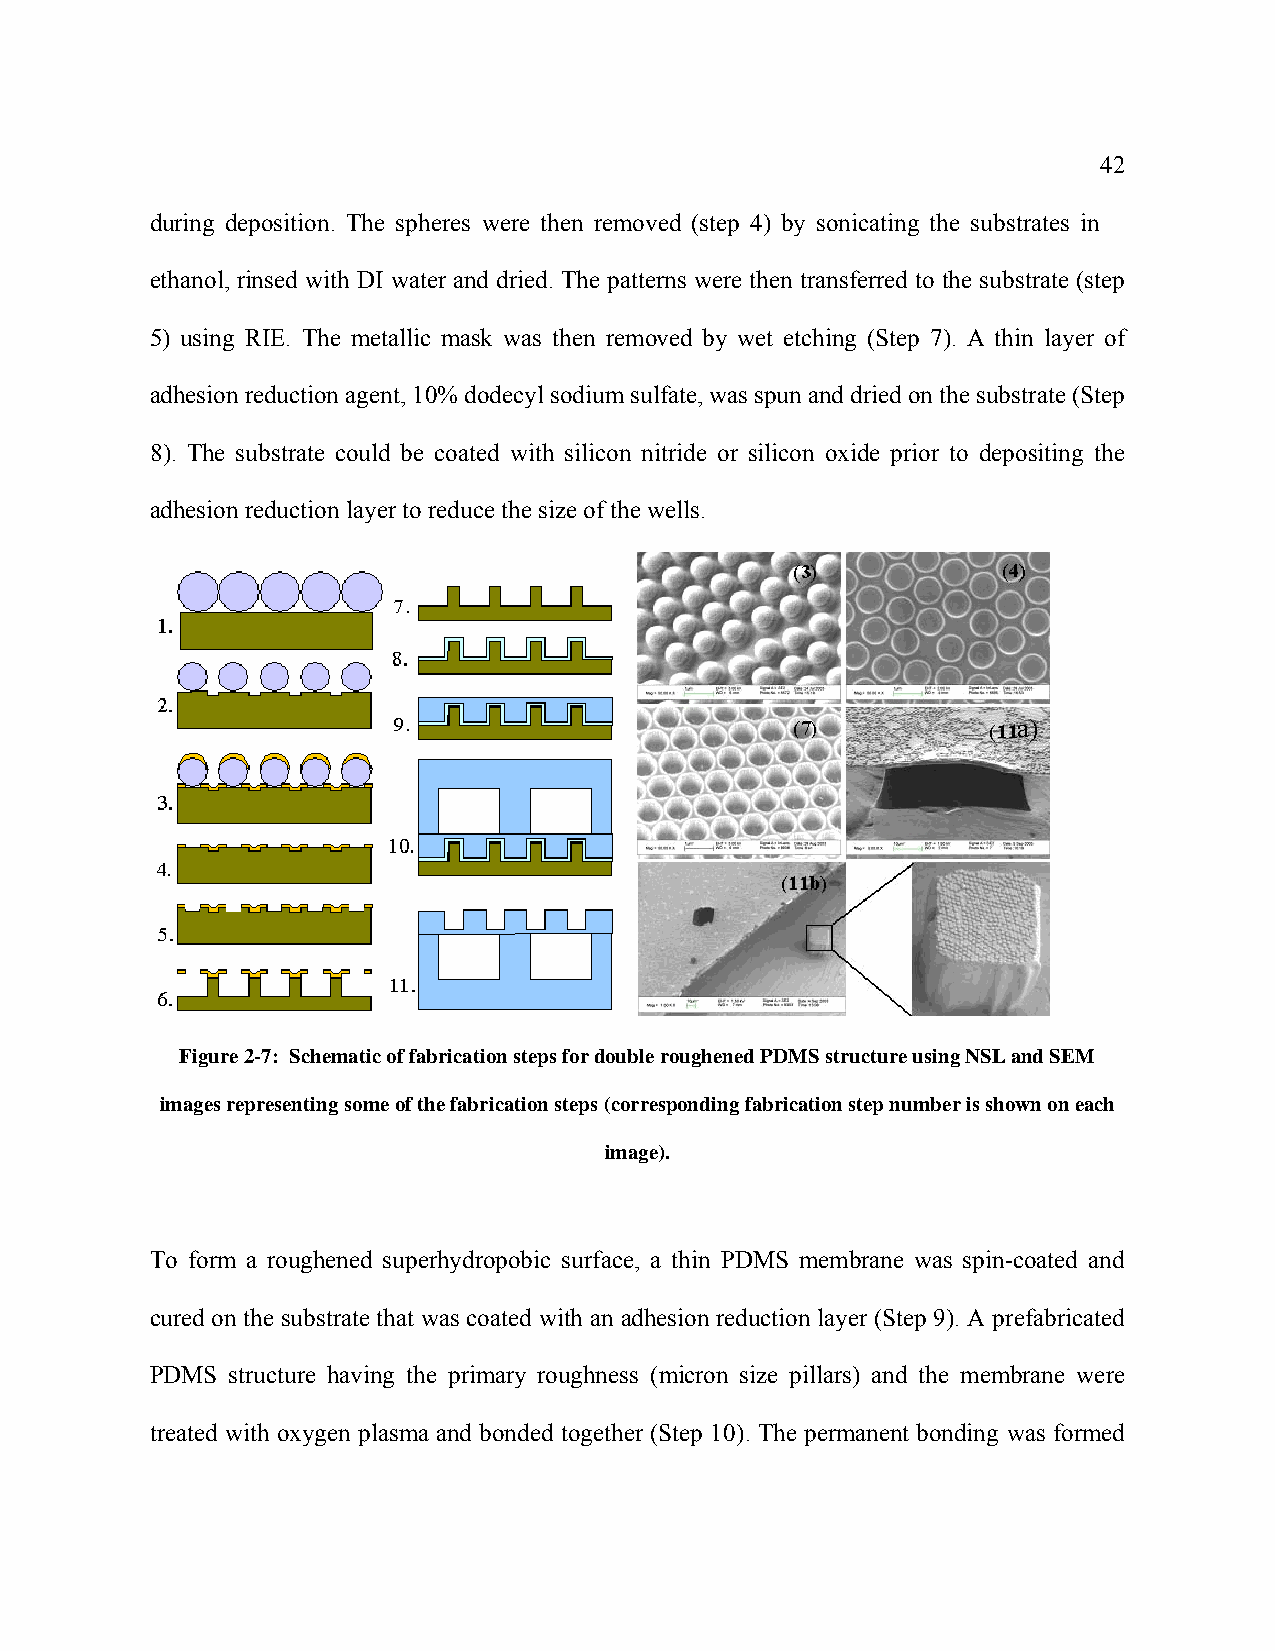
42
 during deposition. The spheres were then removed (step 4) by sonicating the substrates in
 ethanol, rinsed with DI water and dried. The patterns were then transferred to the substrate (step
 5) using RIE. The metallic mask was then removed by wet etching (Step 7). A thin layer of
 adhesion reduction agent, 10% dodecyl sodium sulfate, was spun and dried on the substrate (Step
 8). The substrate could be coated with silicon nitride or silicon oxide prior to depositing the
 adhesion reduction layer to reduce the size of the wells.
 Figure 2-7: Schematic of fabrication steps for double roughened PDMS structure using NSL and SEM
 images representing some of the fabrication steps (corresponding fabrication step number is shown on each
 image).
 To form a roughened superhydropobic surface, a thin PDMS membrane was spin-coated and
 cured on the substrate that was coated with an adhesion reduction layer (Step 9). A prefabricated
 PDMS structure having the primary roughness (micron size pillars) and the membrane were
 treated with oxygen plasma and bonded together (Step 10). The permanent bonding was formed